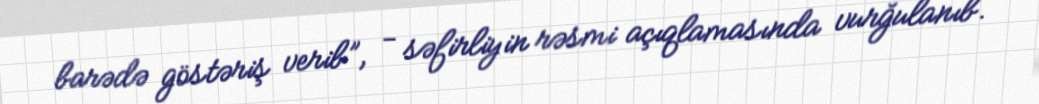
barədə göstəriş verib”, - səfirliyin rəsmi açıqlamasında vurğulanıb.